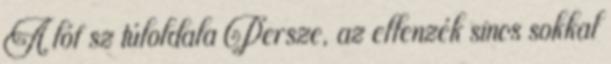
A lóf sz túloldala Persze, az ellenzék sincs sokkal